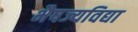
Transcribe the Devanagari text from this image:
भैषज्यविद्या